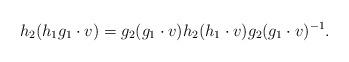
LaTeX: \begin{align*} h_2 ( h_1 g_1 \cdot v) = g_2 ( g_1 \cdot v) h_2 ( h_1\cdot v) g_{2} ( g_1 \cdot v)^{-1}. \end{align*}